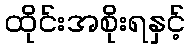
ထိုင်းအစိုးရနှင့်